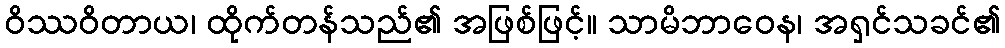
ဝိဿဝိတာယ၊ ထိုက်တန်သည်၏ အဖြစ်ဖြင့်။ သာမိဘာဝေန၊ အရှင်သခင်၏